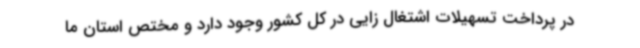
در پرداخت تسهیلات اشتغال زایی در کل کشور وجود دارد و مختص استان ما